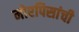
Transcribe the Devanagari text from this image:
मोरपिसांची